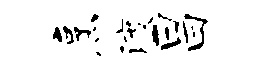
烹渡昌